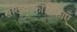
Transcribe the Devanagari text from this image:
सांख्याकारिकाएँ